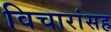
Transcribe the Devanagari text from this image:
विचारांसह